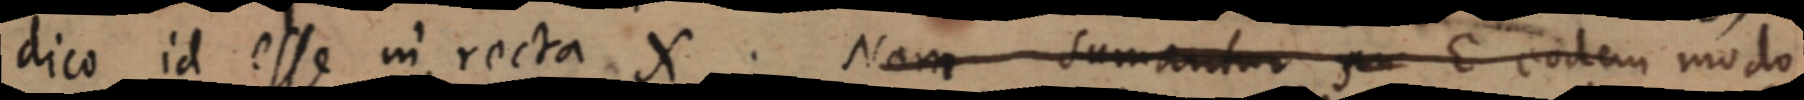
dico id esse in recta X. Nam sumantur seu E eodem modo